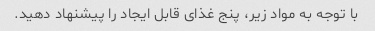
با توجه به مواد زیر، پنج غذای قابل ایجاد را پیشنهاد دهید.